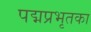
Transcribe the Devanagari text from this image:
पद्मप्रभृतका